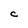
Character: C